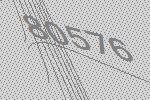
80576